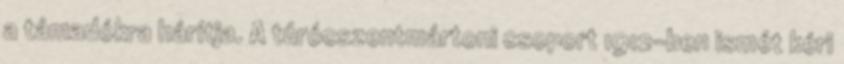
a támadókra hárítja. A túrócszentmártoni csoport 1912-ben ismét kéri